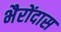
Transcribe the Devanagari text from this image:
भैरोंदास